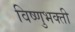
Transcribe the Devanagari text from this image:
विष्णुभक्ती